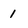
Character: 1